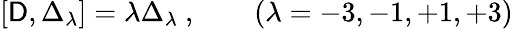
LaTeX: [\mathsf{D},\Delta_{\lambda}]=\lambda\Delta_{\lambda}\ ,\qquad(\lambda=-3,-1,+1,+3)